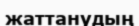
жаттанудың